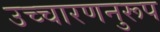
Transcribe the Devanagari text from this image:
उच्चारणनुरूप